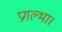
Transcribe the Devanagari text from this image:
प्रगल्भा।